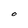
Character: O